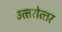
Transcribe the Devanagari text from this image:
उत्‍तरोत्‍तर